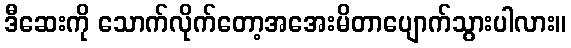
ဒီဆေးကို သောက်လိုက်တော့အအေးမိတာပျောက်သွားပါလား။